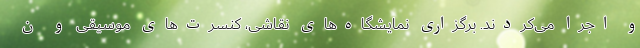
و اجرا می‌کردند. برگزاری نمایشگاه‌های نقاشی، کنسرت‌های موسیقی و ن